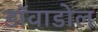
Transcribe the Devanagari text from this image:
डाॅवाडोल